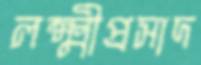
লক্ষ্মীপ্রসাদ